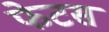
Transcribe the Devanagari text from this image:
फेटस